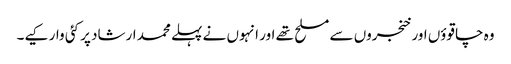
وہ چاقوؤں اور خنجروں سے مسلح تھے اور انہوں نے پہلے محمد ارشاد پر کئی وار کیے۔